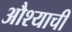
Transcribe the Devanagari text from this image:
औश्याची